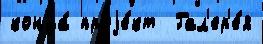
конца́ проjе́кт  Гал'ер'е́я